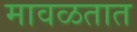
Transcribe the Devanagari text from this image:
मावळतात